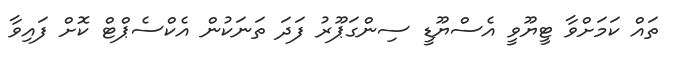
ތައް ކަމަށްވާ ޓީޔޫވީ އެސްޔޫޑީ ސިންގަޕޫރު ފަދަ ތަނަކުން އެކްސެޕްޓް ކޮށް ފައިވާ